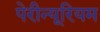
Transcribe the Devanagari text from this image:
पेरीन्यूरियम